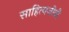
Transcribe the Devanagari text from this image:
साहित्यजीवी